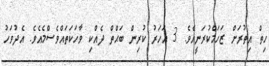
ހިތް އިތުރަށް ޒަހަމްކުރަނީއެވެ. 3 އަހަރު ކުރިން ބަޙްތް ދެއްކި ވާހަކަތައްވެސްމެއެވެ. އެދުވަހު